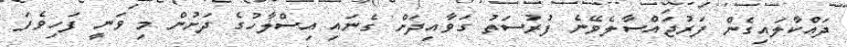
ދައްކާލައިގެން ފަރުޖައްސާލެވޭނެ ފުރުސަތު ގަވާއިދަށް ގެނައި އިސްލާހުގެ ދަށުން މި ވަނީ ފަހިވެފަ